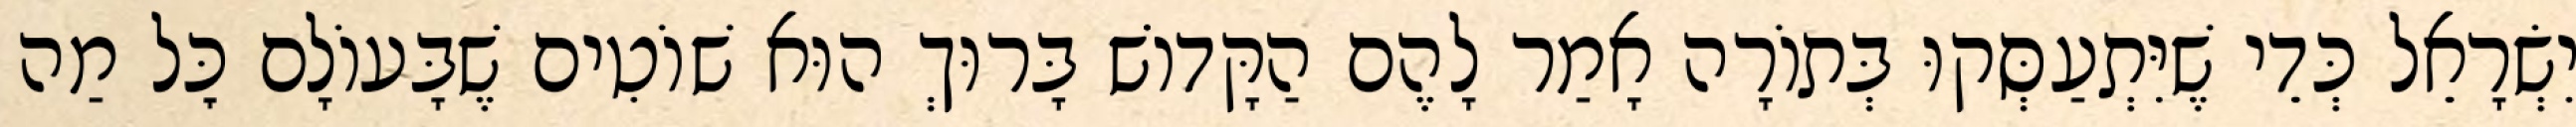
יִשְׂרָאֵל כְּדֵי שֶׁיִּתְעַסְּקוּ בְּתוֹרָה אָמַר לָהֶם הַקָּדוֹשׁ בָּרוּךְ הוּא שׁוֹטִים שֶׁבָּעוֹלָם כׇּל מַה